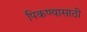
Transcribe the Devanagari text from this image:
पिकण्यासाठी